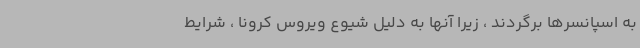
به اسپانسرها برگردند ، زیرا آنها به دلیل شیوع ویروس کرونا ، شرایط